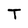
Character: T